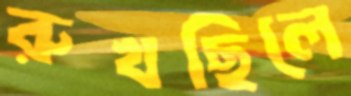
রুখছিলে